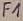
Text: F1